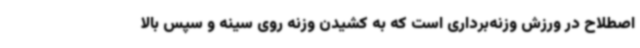
اصطلاح در ورزش وزنه‌برداری است که به کشیدن وزنه روی سینه و سپس بالا